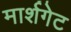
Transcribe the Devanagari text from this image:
मार्शगेट